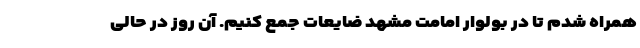
همراه شدم تا در بولوار امامت مشهد ضایعات جمع کنیم. آن روز در حالی